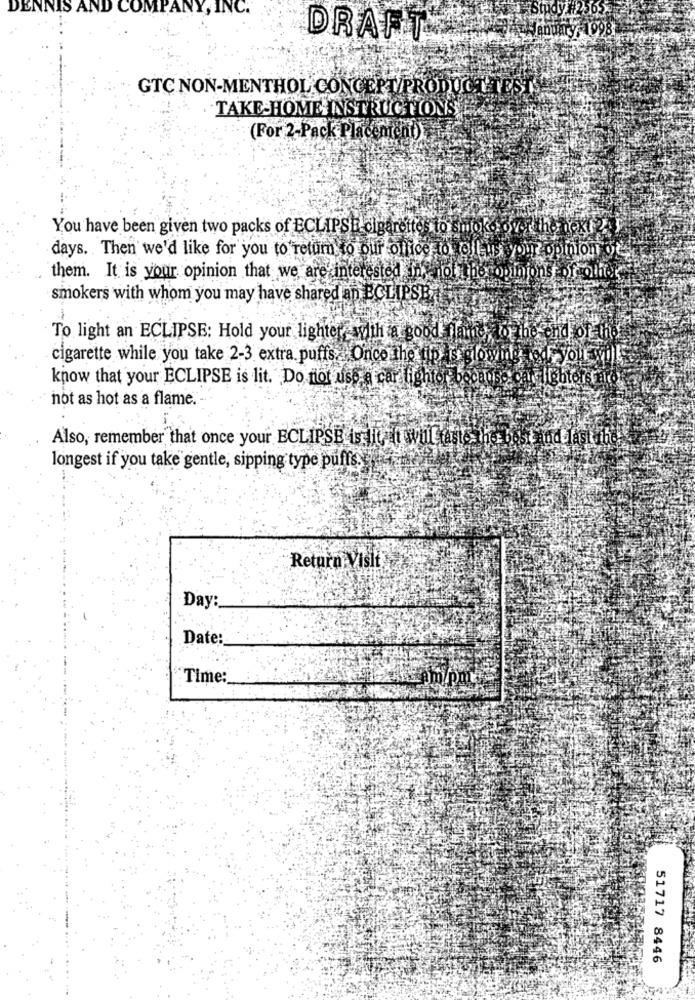
DENNIS AND COMPANY, INC.
DRAFT
January, 1098
GTC NON-MENTHOL CONCEPT/PRODUCT TEST
TAKE-HOME: INSTRUCTIONS
(For 2-Pack Placent
cement)
You have been given two packs of ECLIPSE cigarettes to smoke over the next 2.
days. Then we'd like for you to return to our office to oulus you? opinion od
them. It is your opinion that we are interested innot the opinions of other
smokers with whom you may have shared an ECLIPSE
To light an ECLIPSE: Hold your lighter, with a good flame to the end ofeth
cigarette while you take 2-3 extra puffs. Onco the tip is glowing odF you
know that your ECLIPSE is lit. Do not use a car fightor because cansightors El
not as hot as a flame.
Also, remember that once your ECLIPSE is it, it will taste
and last fh
longest if you take gentle, sipping type puffs.
Return Visit
Day:
Date:
Time:
51717 8446